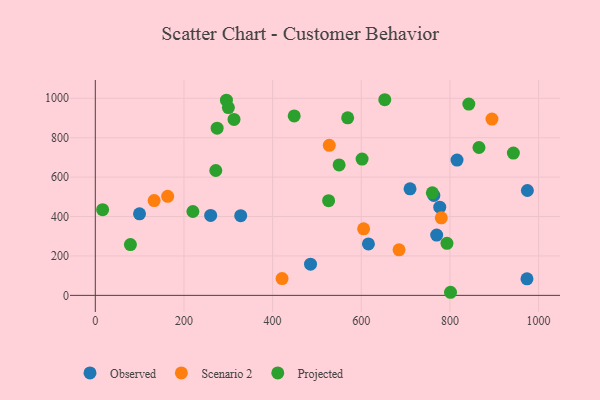
{"axis": {"x": "Ad Spend", "y": "Salary"}, "legend": ["Observed", "Projected", "Scenario 2"], "data": [{"x": "485.5", "y": 158.5, "type": "Observed"}, {"x": "973.8", "y": 83.9, "type": "Observed"}, {"x": "328.0", "y": 404.4, "type": "Observed"}, {"x": "816.0", "y": 686.7, "type": "Observed"}, {"x": "99.7", "y": 413.7, "type": "Observed"}, {"x": "260.2", "y": 405.4, "type": "Observed"}, {"x": "710.0", "y": 540.4, "type": "Observed"}, {"x": "974.7", "y": 532.2, "type": "Observed"}, {"x": "770.1", "y": 305.9, "type": "Observed"}, {"x": "763.7", "y": 507.1, "type": "Observed"}, {"x": "777.0", "y": 447.4, "type": "Observed"}, {"x": "616.1", "y": 260.9, "type": "Observed"}, {"x": "894.8", "y": 894.6, "type": "Scenario 2"}, {"x": "132.7", "y": 480.8, "type": "Scenario 2"}, {"x": "605.3", "y": 337.6, "type": "Scenario 2"}, {"x": "163.2", "y": 502.6, "type": "Scenario 2"}, {"x": "527.8", "y": 761.3, "type": "Scenario 2"}, {"x": "685.2", "y": 231.3, "type": "Scenario 2"}, {"x": "780.5", "y": 393.7, "type": "Scenario 2"}, {"x": "421.3", "y": 85.3, "type": "Scenario 2"}, {"x": "842.6", "y": 970.5, "type": "Projected"}, {"x": "220.1", "y": 425.5, "type": "Projected"}, {"x": "569.3", "y": 900.8, "type": "Projected"}, {"x": "653.0", "y": 992.7, "type": "Projected"}, {"x": "943.1", "y": 721.8, "type": "Projected"}, {"x": "550.0", "y": 662.1, "type": "Projected"}, {"x": "300.2", "y": 953.1, "type": "Projected"}, {"x": "271.8", "y": 633.5, "type": "Projected"}, {"x": "760.3", "y": 520.1, "type": "Projected"}, {"x": "793.3", "y": 264.3, "type": "Projected"}, {"x": "601.8", "y": 691.4, "type": "Projected"}, {"x": "448.7", "y": 910.3, "type": "Projected"}, {"x": "16.5", "y": 434.8, "type": "Projected"}, {"x": "295.8", "y": 990.3, "type": "Projected"}, {"x": "79.2", "y": 257.7, "type": "Projected"}, {"x": "865.5", "y": 750.4, "type": "Projected"}, {"x": "801.3", "y": 15.7, "type": "Projected"}, {"x": "274.8", "y": 848.3, "type": "Projected"}, {"x": "526.3", "y": 480.6, "type": "Projected"}, {"x": "312.9", "y": 892.5, "type": "Projected"}]}